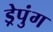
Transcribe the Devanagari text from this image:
ड्रेपुंग